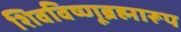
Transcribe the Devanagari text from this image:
शिवविष्णूब्रह्मारूप